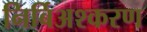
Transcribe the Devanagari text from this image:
निर्बिअश्करण